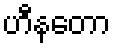
ဟီနတော